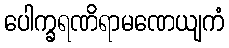
ပေါက္ခရဏိရာမဏေယျကံ